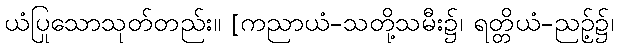
ယံပြုသောသုတ်တည်း။ [ကညာယံ-သတို့သမီး၌၊ ရတ္တိယံ-ညဉ့်၌၊